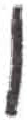
אות: ו